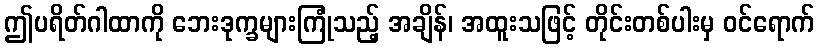
ဤပရိတ်ဂါထာကို ဘေးဒုက္ခများကြုံသည့် အချိန်၊ အထူးသဖြင့် တိုင်းတစ်ပါးမှ ဝင်ရောက်